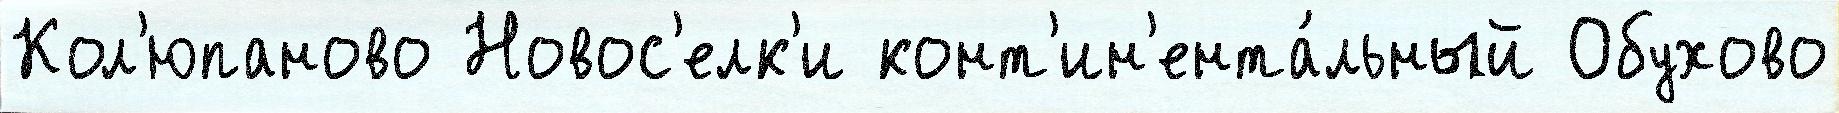
Кол'юпаново Новос'елк'и конт'ин'ента́льный Обухово